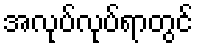
အလုပ်လုပ်ရာတွင်